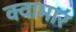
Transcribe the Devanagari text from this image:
क्वामार